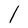
Character: l